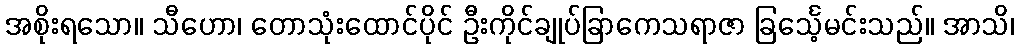
အစိုးရသော။ သီဟော၊ တောသုံးထောင်ပိုင် ဦးကိုင်ချုပ်ခြာကေသရာဇာ ခြင်္သေ့မင်းသည်။ အာသိ၊